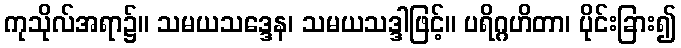
ကုသိုလ်အရာ၌။ သမယသဒ္ဒေန၊ သမယသဒ္ဒါဖြင့်။ ပရိဂ္ဂဟိတာ၊ ပိုင်းခြား၍